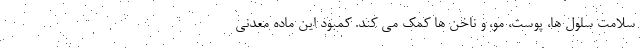
سلامت سلول ها، پوست، مو، و ناخن ها کمک می کند. کمبود این ماده معدنی